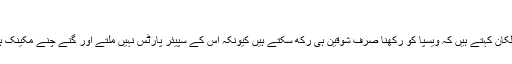
‘
بہت عرصے سے ویپسا کے مالکان کہتے ہیں کہ ویسپا کو رکھنا صرف شوقین ہی رکھ سکتے ہیں کیونکہ اس کے سپیئر پارٹس نہیں ملتے اور گنے چنے مکینک ہی ہیں جو اس کا کام جانتے ہیں۔